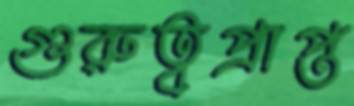
গুরুত্বপ্রাপ্ত